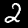
Label: 2